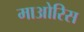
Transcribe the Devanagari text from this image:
माओरिस